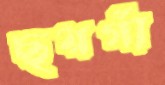
ছয়গাঁ